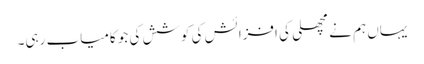
یہاں ہم نے مچھلی کی افزائش کی کوشش کی جو کامیاب رہی۔